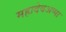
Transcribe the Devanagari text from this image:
महादेवअप्पा